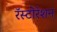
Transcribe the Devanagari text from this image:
रॅस्टोरेशन